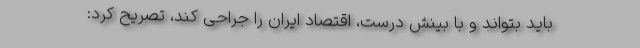
باید بتواند و با بینش درست، اقتصاد ایران را جراحی کند، تصریح کرد: